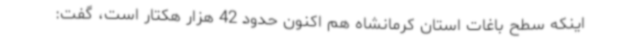
اینکه سطح باغات استان کرمانشاه هم اکنون حدود 42 هزار هکتار است، گفت: